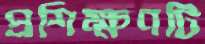
প্রশিক্ষণটি